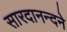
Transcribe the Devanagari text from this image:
सारदानन्दने